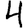
Digit: 4